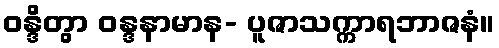
ဝန္ဒိတွာ ဝန္ဒနာမာန- ပူဇာသက္ကာရဘာဇနံ။